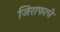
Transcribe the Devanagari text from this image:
जिराफाचे